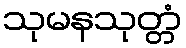
သုမနသုတ္တံ